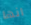
انها